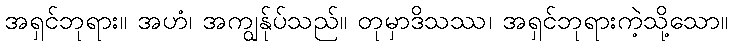
အရှင်ဘုရား။ အဟံ၊ အကျွန်ုပ်သည်။ တုမှာဒိသဿ၊ အရှင်ဘုရားကဲ့သို့သော။